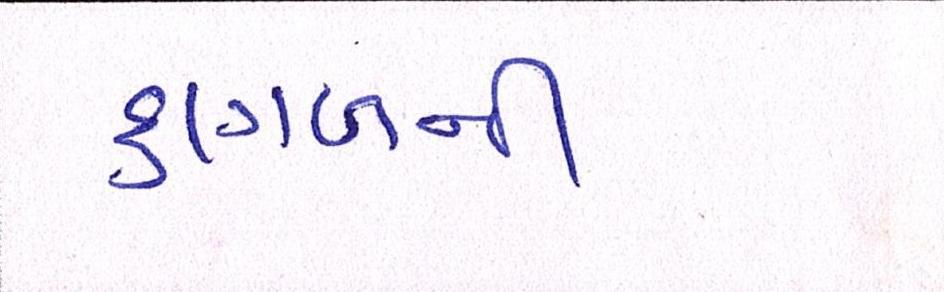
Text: કાગળની